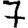
Digit: 7